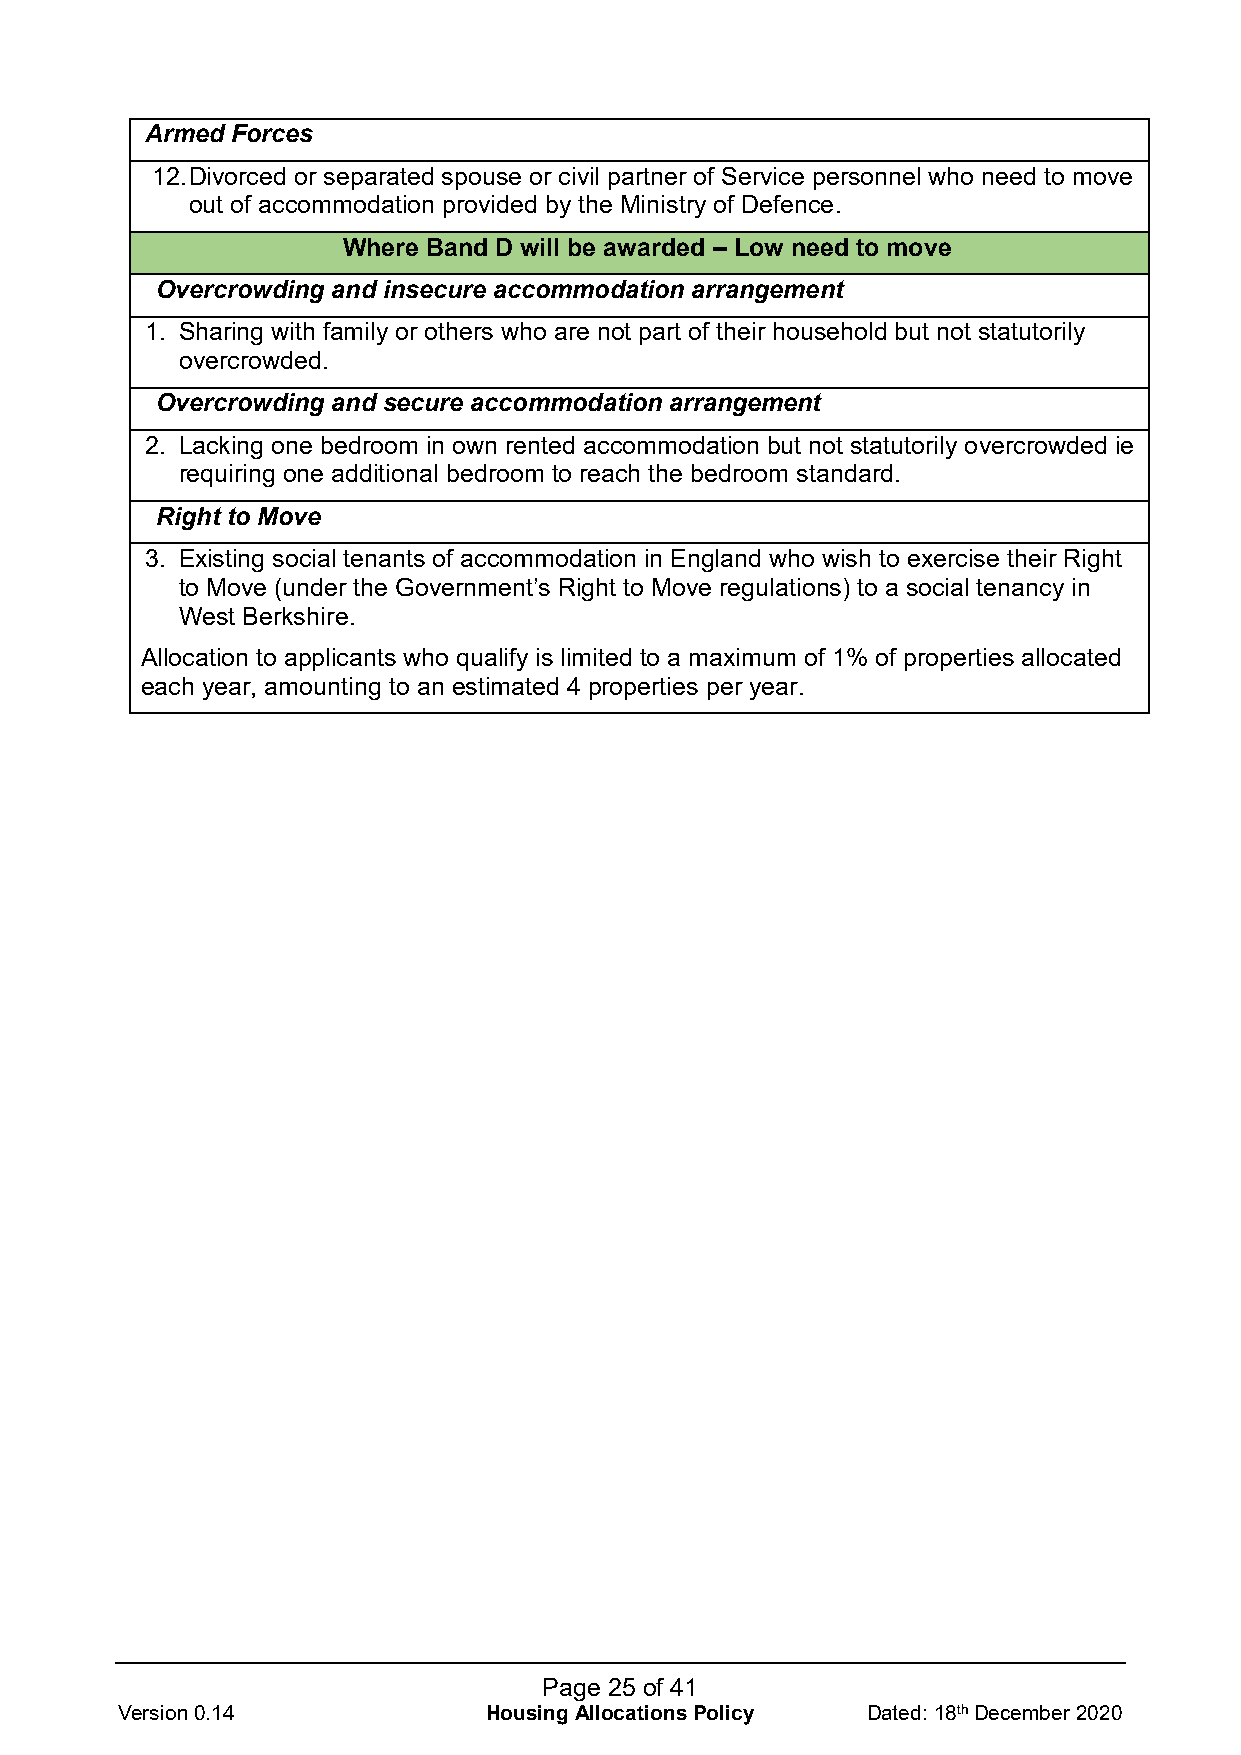
Armed Forces
 12. Divorced or separated spouse or civil partner of Service personnel who need to move
 out of accommodation provided by the Ministry of Defence.
 Where Band D will be awarded – Low need to move
 Overcrowding and insecure accommodation arrangement
 1. Sharing with family or others who are not part of their household but not statutorily
 overcrowded.
 Overcrowding and secure accommodation arrangement
 2. Lacking one bedroom in own rented accommodation but not statutorily overcrowded ie
 requiring one additional bedroom to reach the bedroom standard.
 Right to Move
 3. Existing social tenants of accommodation in England who wish to exercise their Right
 to Move (under the Government’s Right to Move regulations) to a social tenancy in
 West Berkshire.
 Allocation to applicants who qualify is limited to a maximum of 1% of properties allocated
 each year, amounting to an estimated 4 properties per year.
 Page 25 of 41
 Version 0.14            Housing Allocations Policy Dated: 18th December 2020